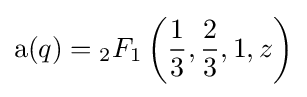
\operatorname {a} (q)={}_{2}F_{1}\left({\frac {1}{3}},{\frac {2}{3}},1,z\right)